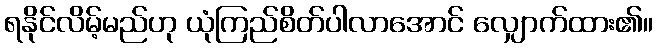
ရနိုင်လိမ့်မည်ဟု ယုံကြည်စိတ်ပါလာအောင် လျှောက်ထား၏။